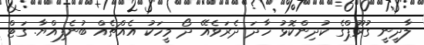
ލާދީނީ ގުރޫޕްގެ ކުދިންކޮޅު ހާދަ ދެރަވެއޭ ދޯ މީހަކު އެއްޗެއް ބުނެފިއްޔާ. ގަޓް